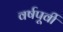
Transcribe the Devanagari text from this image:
वर्षपूर्वी